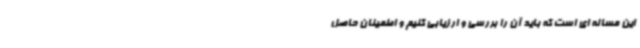
این مساله ای است که باید آن را بررسی و ارزیابی کنیم و اطمینان حاصل